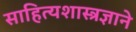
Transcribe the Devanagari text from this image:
साहित्यशास्त्रज्ञाने